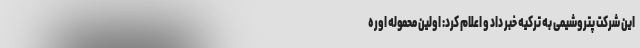
این شرکت پتروشیمی به ترکیه خبر داد و اعلام کرد: اولین محموله اوره